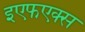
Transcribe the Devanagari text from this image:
इएफएक्स